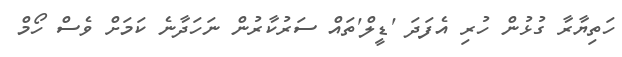
ހަތިޔާރާ ގުޅުން ހުރި އެފަދަ 'ޑީލް'ތައް ސަރުކާރުން ނަހަދާނެ ކަމަށް ވެސް ހޯމް